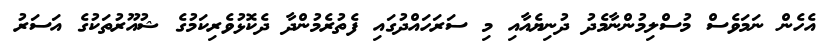
އެހެން ނަމަވެސް މުސްލިމުންނާމެދު ދުނިޔެއާއި މި ސަރަހައްދުގައި ފެތުރެމުންދާ ދެކޮޅުވެރިކަމުގެ ޝުއޫރުތަކުގެ އަސަރު